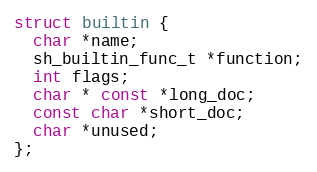
Language: C
struct builtin {
  char *name;
  sh_builtin_func_t *function;
  int flags;
  char * const *long_doc;
  const char *short_doc;
  char *unused;
};